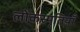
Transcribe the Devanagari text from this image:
लोकस्मृतियाँ